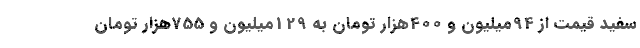
سفید قیمت از 94میلیون و 400هزار تومان به 129میلیون و 755هزار تومان